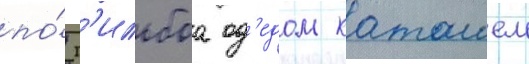
по́ г'ильбоа од'едом каташем